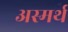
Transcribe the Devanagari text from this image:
अस्मर्थ